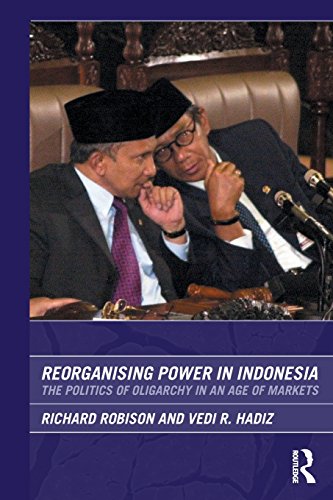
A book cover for Reorganising Power in Indonesia: The Politics of Oligarchy in an Age of Markets (Routledge/City University of Hong Kong Southeast Asia Series); Richard Robison; History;